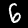
Label: 6